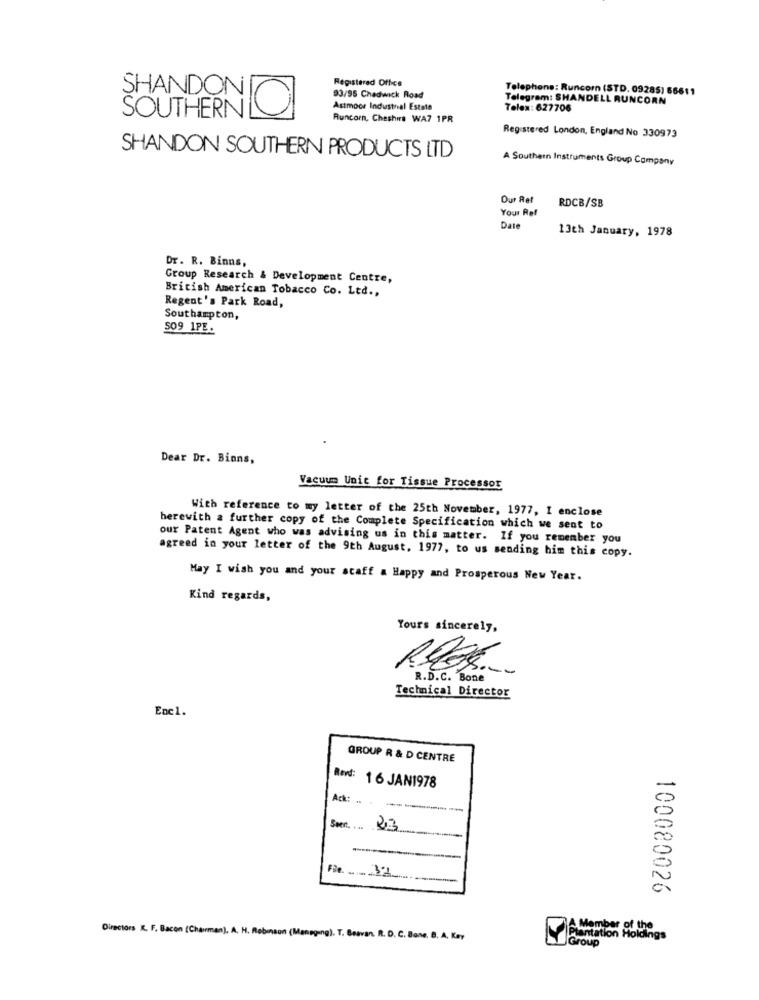
Registered Office
Telephone: Runcorn (STD. 09285) 66611
SHANDON
93/95 Chadwick Road
Telegram: SHANDELL RUNCORN
SOUTHERN
Astmoor Industrial Estate
Telex: 627706
Runcorn, Cheshire WA7 1PR
Registered London, England No 330973
SHANDON SOUTHERN PRODUCTS LTD
A Southern Instruments Group Company
Our Ret
Your Ref
RDCB/SB
Date
13th January, 1978
Dr. R. Binns,
Group Research & Development Centre,
British American Tobacco Co. Ltd .,
Regent's Park Road,
Southampton,
509 1PE.
Dear Dr. Bions,
Vacuum Unit for Tissue Processor
With reference to my letter of the 25th November, 1977, I enclose
herewith a further copy of the Complete Specification which we sent to
our Patent Agent who was advising us in this matter. If you remember you
agreed in your letter of the 9th August, 1977, to us sending him this copy.
May I wish you and your scaff a Happy and Prosperous New Year.
Kind regards,
Yours sincerely,
R.D.C. Bone
Technical Director
Enc1.
GROUP R & D CENTRE
Re: 1 6 JAN1978
Ack:
23
Fie. 53
100080026
Member of the
Directors &. F. Bacon (Chairman). A. H. Robinson (Managing), T. Bravan. R. D. C. Bane. B. A. Kay
Plantation Holdings
Group